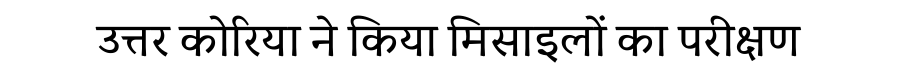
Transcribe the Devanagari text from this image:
उत्तर कोरिया ने किया मिसाइलों का परीक्षण